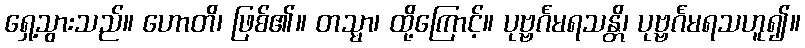
ရှေ့သွားသည်။ ဟောတိ၊ ဖြစ်၏။ တသ္မာ၊ ထို့ကြောင့်။ ပုဗ္ဗင်္ဂမရသန္တိ၊ ပုဗ္ဗင်္ဂမရသဟူ၍။